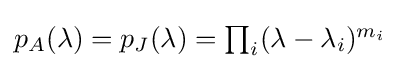
{\textstyle p_{A}(\lambda )=p_{J}(\lambda )=\prod _{i}(\lambda -\lambda _{i})^{m_{i}}}